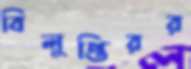
বিলুপ্তিরর